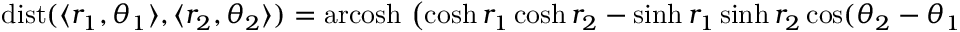
\operatorname { d i s t } ( \langle r _ { 1 } , \theta _ { 1 } \rangle , \langle r _ { 2 } , \theta _ { 2 } \rangle ) = \operatorname { a r c o s h } \, \left( \cosh r _ { 1 } \cosh r _ { 2 } - \sinh r _ { 1 } \sinh r _ { 2 } \cos ( \theta _ { 2 } - \theta _ { 1 } ) \right) \, .